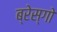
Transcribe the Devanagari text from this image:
ब्रेस्गो